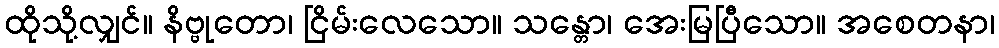
ထိုသို့လျှင်။ နိဗ္ဗုတော၊ ငြိမ်းလေသော။ သန္တော၊ အေးမြပြီသော။ အစေတနာ၊